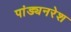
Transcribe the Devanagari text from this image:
पांड्यनरेश